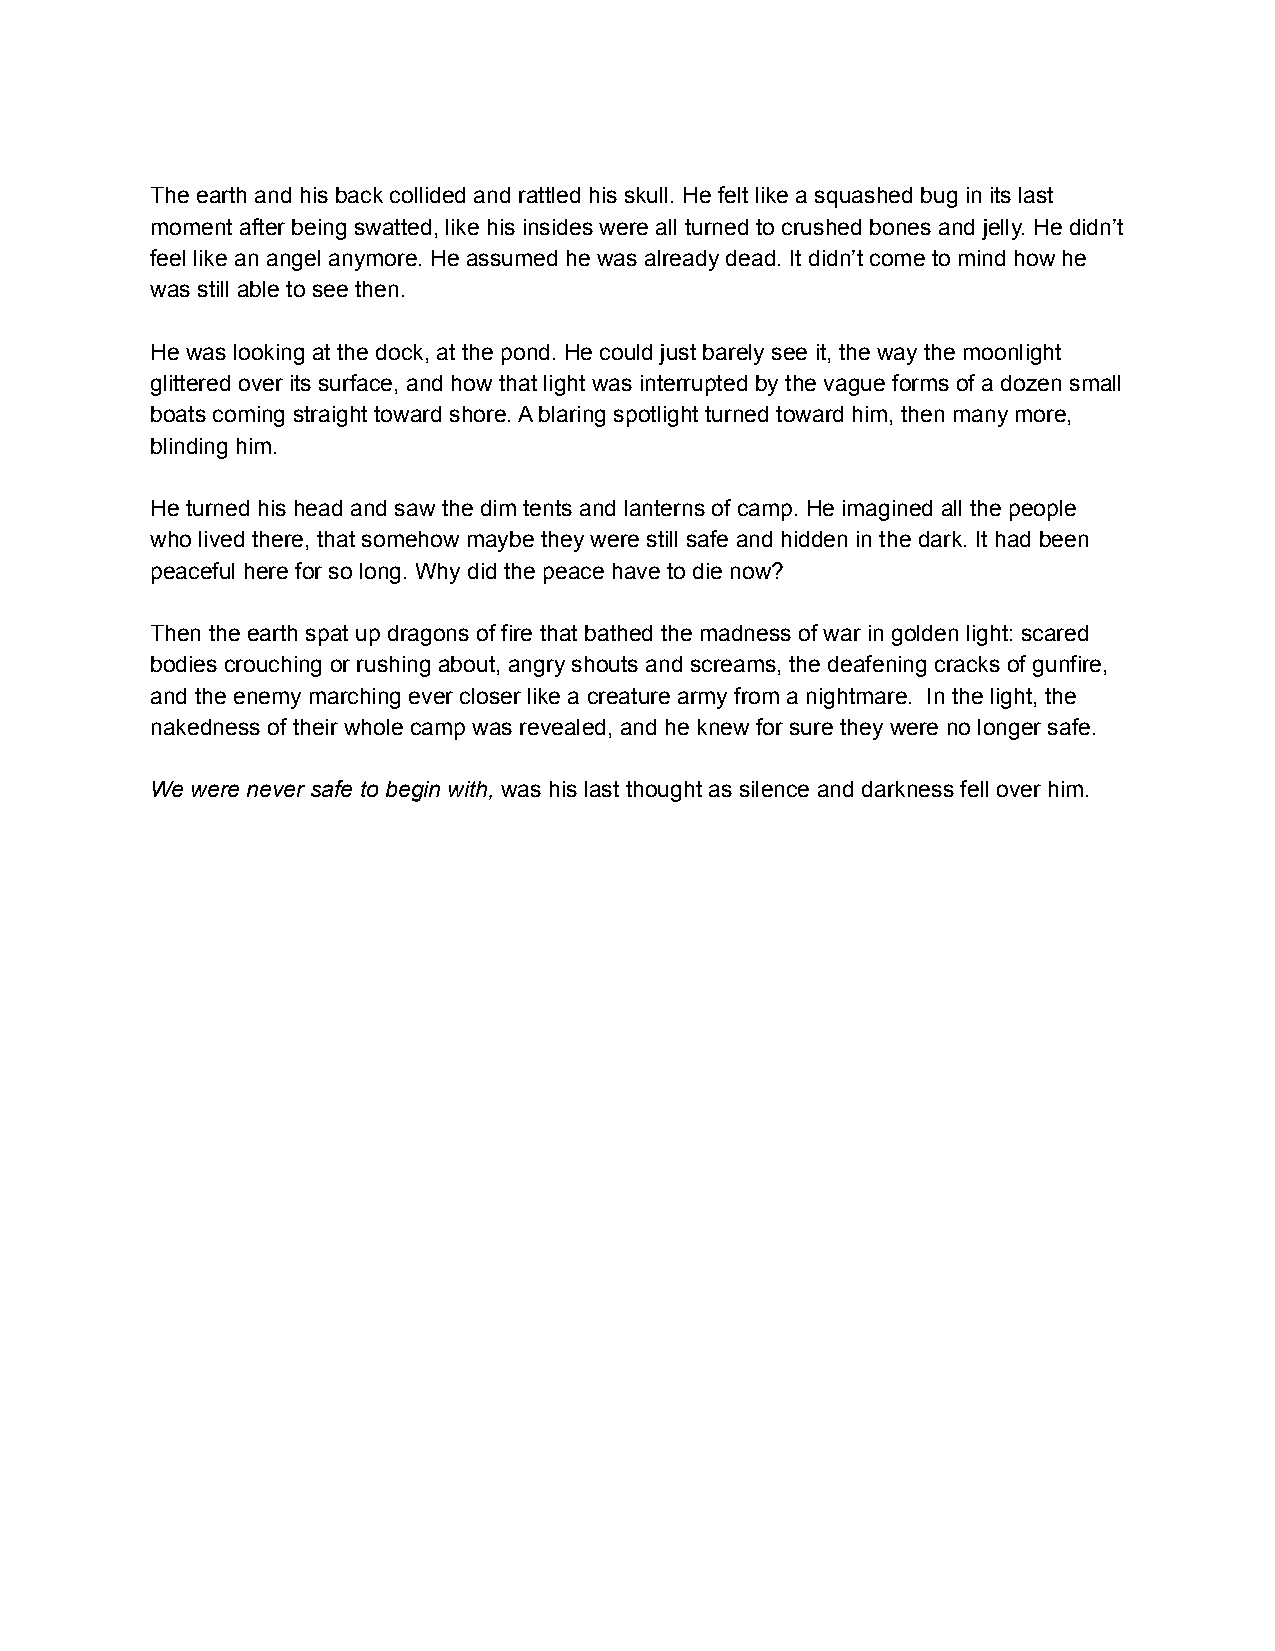
The earth and his back collided and rattled his skull. He felt like a squashed bug in its last
 moment after being swatted, like his insides were all turned to crushed bones and jelly. He didn’t
 feel like an angel anymore. He assumed he was already dead. It didn’t come to mind how he
 was still able to see then.
 He was looking at the dock, at the pond. He could just barely see it, the way the moonlight
 glittered over its surface, and how that light was interrupted by the vague forms of a dozen small
 boats coming straight toward shore. A blaring spotlight turned toward him, then many more,
 blinding him.
 He turned his head and saw the dim tents and lanterns of camp. He imagined all the people
 who lived there, that somehow maybe they were still safe and hidden in the dark. It had been
 peaceful here for so long. Why did the peace have to die now?
 Then the earth spat up dragons of fire that bathed the madness of war in golden light: scared
 bodies crouching or rushing about, angry shouts and screams, the deafening cracks of gunfire,
 and the enemy marching ever closer like a creature army from a nightmare. In the light, the
 nakedness of their whole camp was revealed, and he knew for sure they were no longer safe.
 We were never safe to begin with, was his last thought as silence and darkness fell over him.